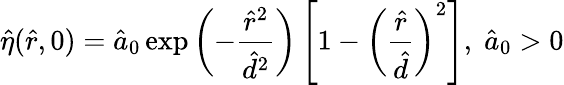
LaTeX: \hat{\eta}(\hat{r},0)=\hat{a}_{0}\exp\left(-\frac{\hat{r}^{2}}{\hat{d}^{2}}\right)\left[1-\left(\frac{\hat{r}}{\hat{d}}\right)^{2}\right],\; \hat{a}_{0}>0